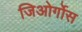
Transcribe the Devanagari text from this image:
जिओर्गोस